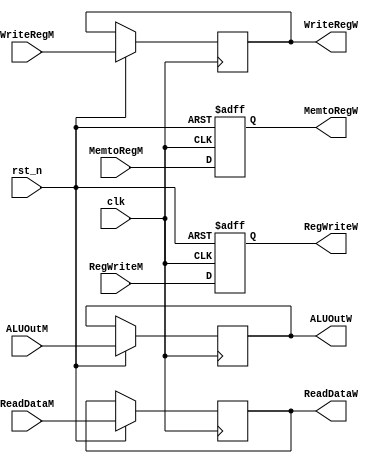
module MEM_WB_Register(
    // System Clock
    input        clk,
    input        rst_n,

    // User Interface
    input       [31:0]  ReadDataM,
    input       [31:0]  ALUOutM,
    input       [4:0]   WriteRegM, 

    output  reg [31:0]  ReadDataW,
    output  reg [31:0]  ALUOutW,
    output  reg [4:0]   WriteRegW,

    // Control Signal 
    input               RegWriteM,
    input               MemtoRegM,
    // WB
    output  reg         RegWriteW,
    output  reg         MemtoRegW
);


    always @(posedge clk or negedge rst_n) begin
        if(!rst_n)begin
            RegWriteW <= 1'b0;
            MemtoRegW <= 1'b0;
        end
        else begin
            // total 64bits
            ReadDataW <= ReadDataM;
            ALUOutW   <= ALUOutM;
            WriteRegW <= WriteRegM;

            // Control Unit
            RegWriteW <= RegWriteM;
            MemtoRegW <= MemtoRegM;
        end
    end

endmodule